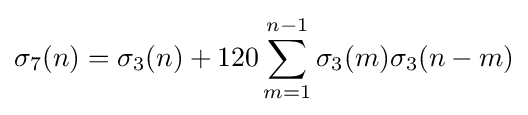
\sigma _{7}(n)=\sigma _{3}(n)+120\sum _{m=1}^{n-1}\sigma _{3}(m)\sigma _{3}(n-m)